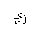
Letter: _kaf